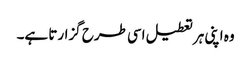
وہ اپنی ہر تعطیل اسی طرح گزارتا ہے۔